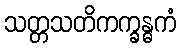
သတ္တသတိကက္ခန္ဓကံ